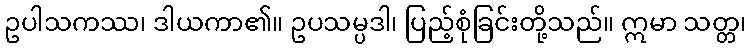
ဥပါသကဿ၊ ဒါယကာ၏။ ဥပသမ္ပဒါ၊ ပြည့်စုံခြင်းတို့သည်။ ဣမာ သတ္တ၊